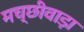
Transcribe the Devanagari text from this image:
मच्छीवाड़ा